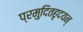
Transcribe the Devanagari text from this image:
प्रमुदितहृदयन्